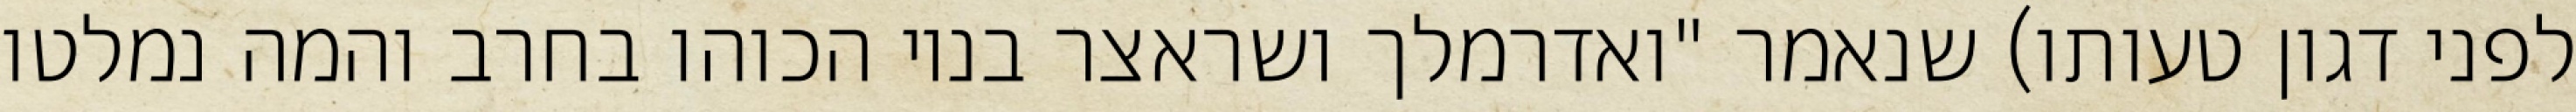
לפני דגון טעותו) שנאמר "ואדרמלך ושראצר בניו הכוהו בחרב והמה נמלטו